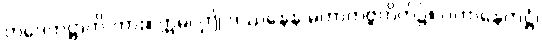
တဒေကဋ္ဌာတိ-ကား။ ဣဓ၊ ဤ ဒဿနေန မဟာတဗ္ဗတိက်၌။ ပဟာနေကဋ္ဌံ၊